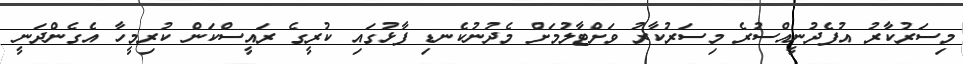
މިސަރުކާރު އުފެދުނީއްސުރެ މިސަރުކާރު ވަށްޓާލުމަށް މެދުނުކެނޑި ފާޅުގައި ކުރީގެ ރައީސްކަން ކުރިމީހާ އެގެންދަނީ